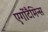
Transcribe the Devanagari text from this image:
एर्गोटैमिन्स